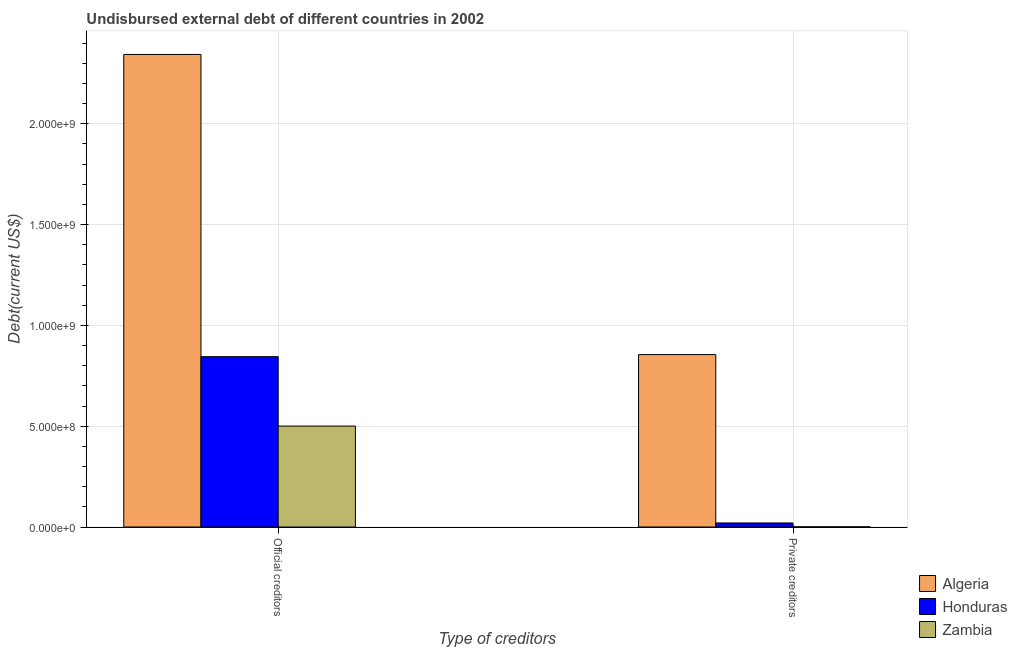
| Type of creditors | Algeria | Honduras | Zambia |
 | --- | --- | --- | --- |
 | Official creditors | 2.34e+09 | 8.45e+08 | 5.01e+08 |
 | Private creditors | 8.55e+08 | 2.01e+07 | 8.09e+05 |